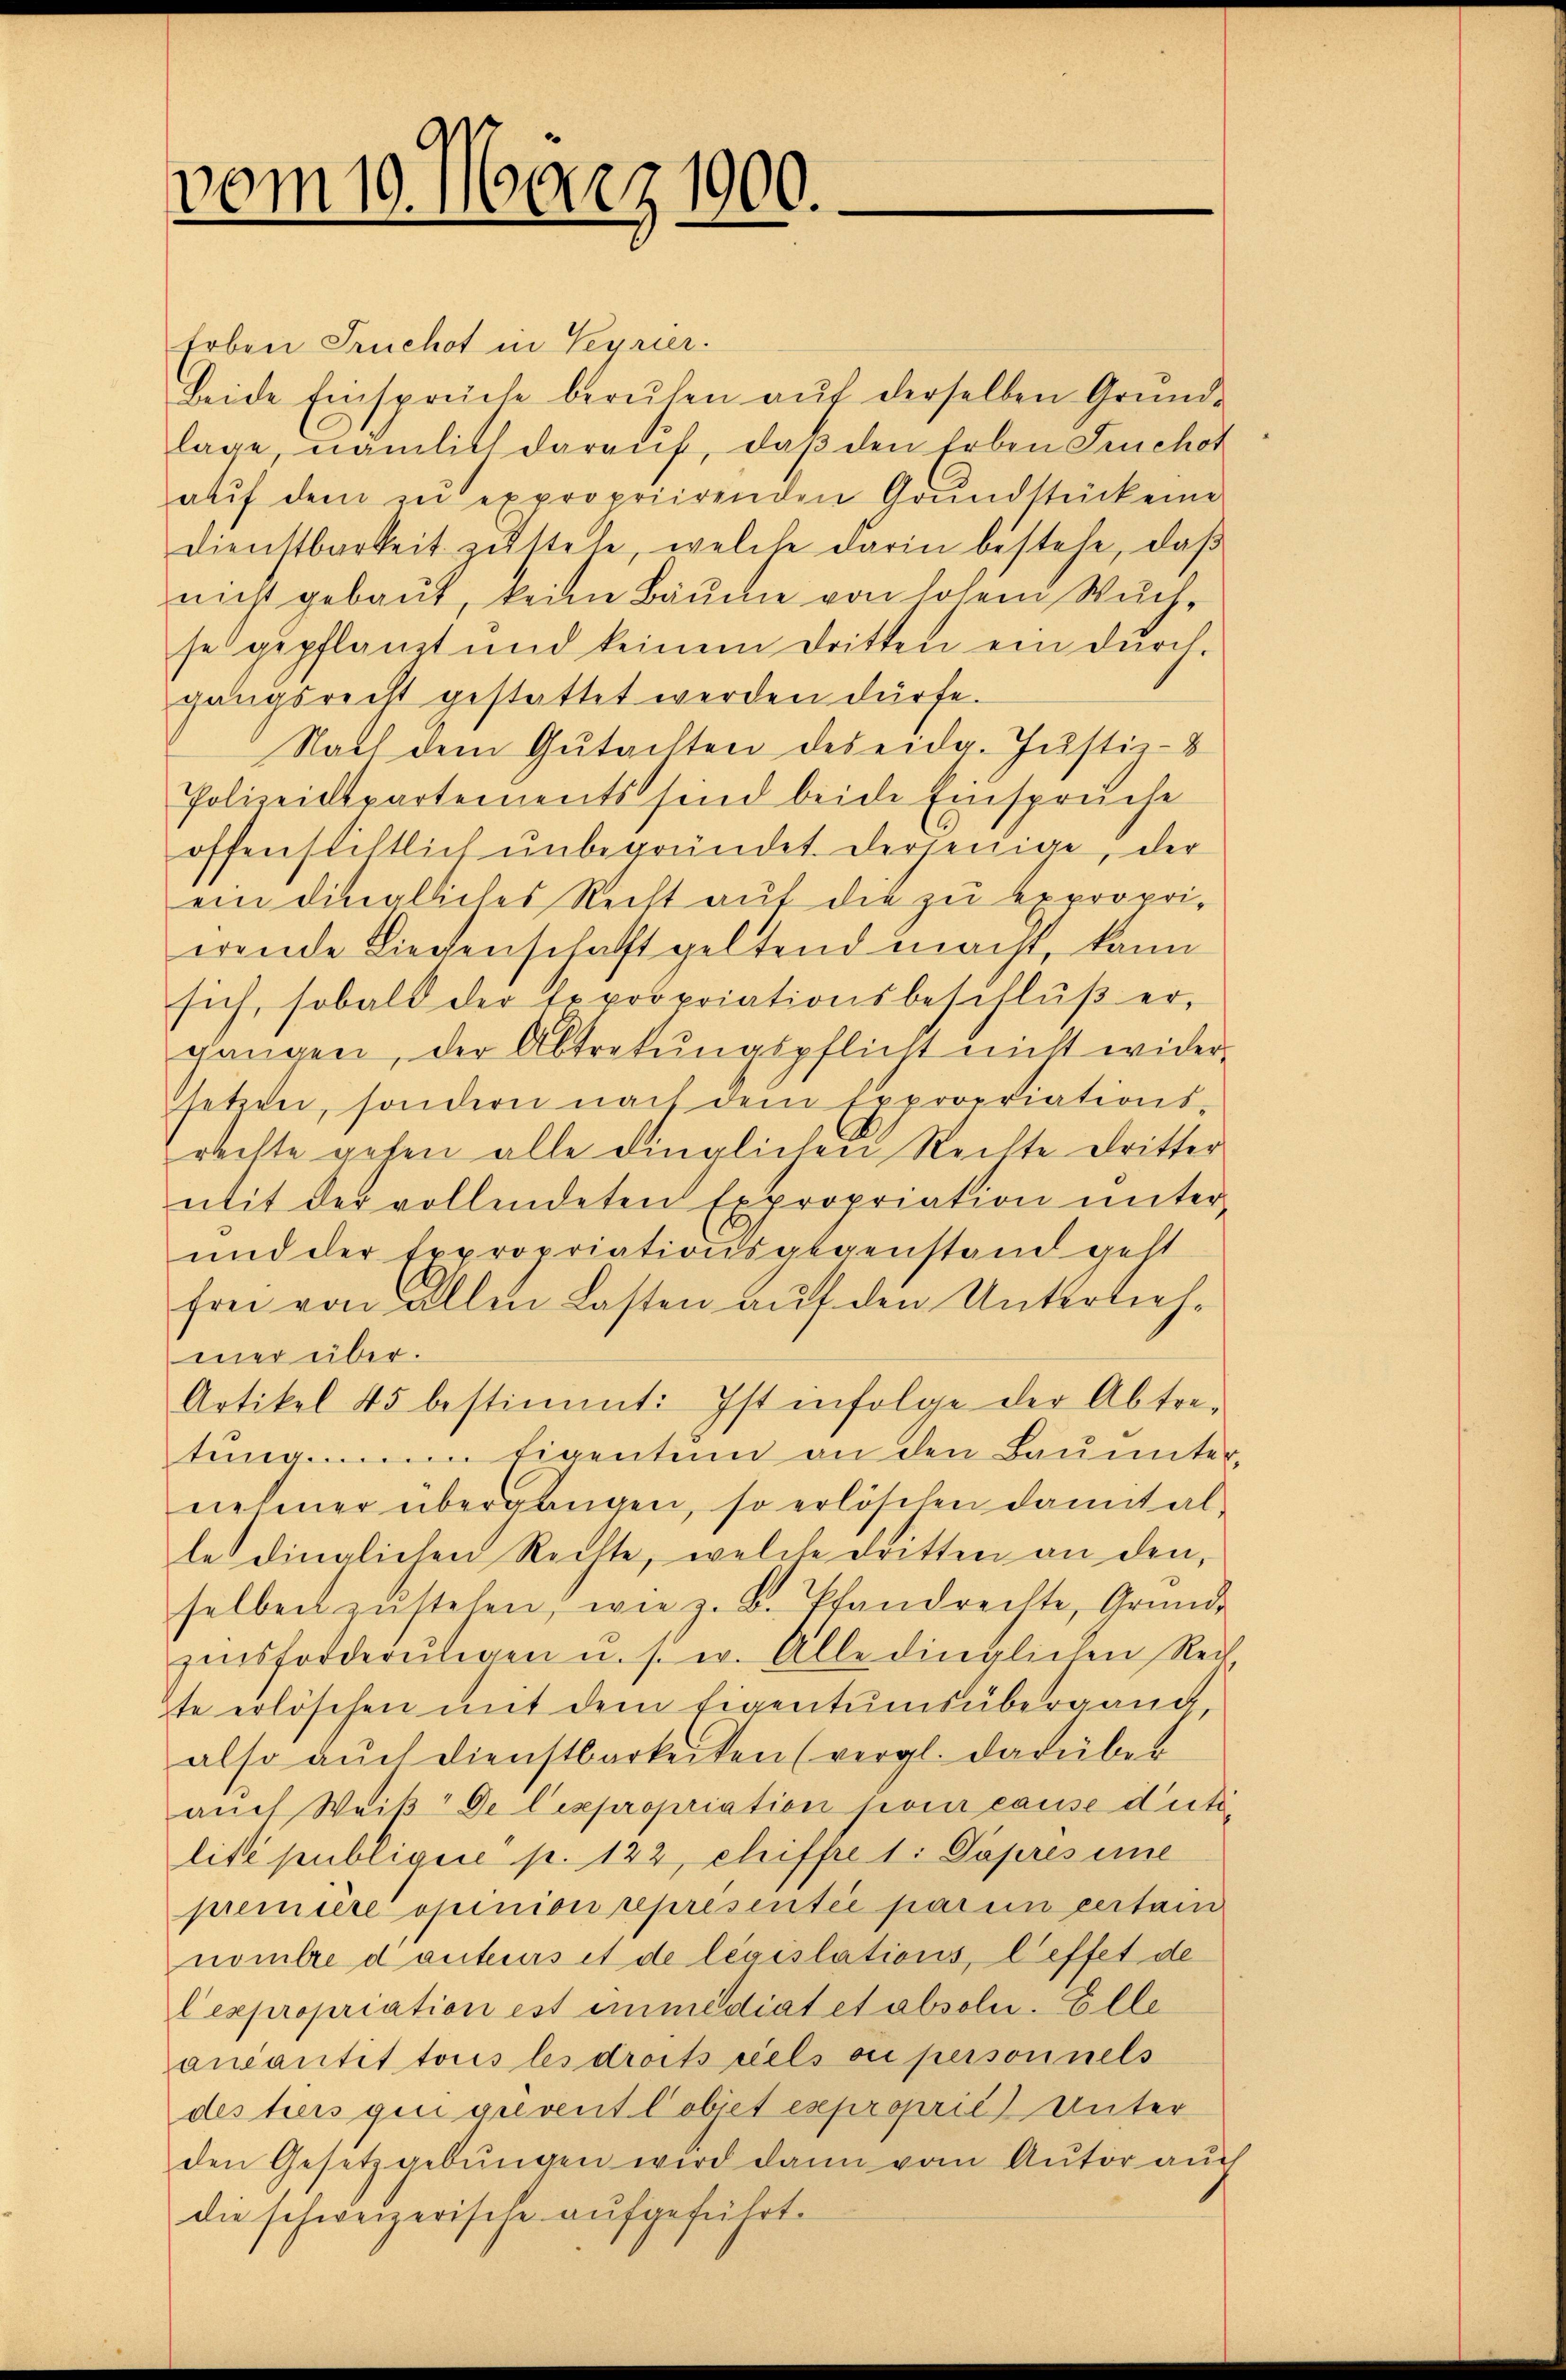
vom 10. März 1900.

Erben Truchot in Seyrier.
Beide Einsprüche beruhen auf derselben Gründe
lage, nämlich darauf, daß den Erben Fruchot
auf dem zu expropriirenden Grundstücken
Dienstbarkeit zŭstehe, welche darin bestehe, daβ
nicht gebaut, keine Bäume von hohem Wuchse gepflanzt und keinem Dritten ein dŭrch-
gangsrecht gestattet werden dürfe.
Nach dem Gutachten des eidg. Justiz-
Polizeidtpartements sind beide Einspruche
offenstiftlich ŭnbegründet derjenige, der
ein dingliches Recht auf die zu expropri-
wende Liegenschaft geltend macht, kann
sich, sobald der Expropriationsbeschlŭβ er,
gangen, der Abtretŭngspflicht nicht wider-
setzen, sondern nach dem Expropriations-
rechte gehen alle dinglichen Rechte dritter
mit der vollendeten Expropriation unter-
und der Expropriationsgegenstand geht
frei von allen Lasten auf den Unterriehmer über.
Artikel 45 bestimmt: Ist infolge der Abtre-
tung im Eigentum an den Bauunter-
nehmer übergangen, so erlöschen damit alle dinglichen Rechte, welche dritten an den,
selben zŭ stehen, wie z. B. Pfandrechte, Gründe
zinsforderŭngen u. s. w. Alle dinglichen Reit
te erlöschen mit dem Eigentumsübergang
also auch dienstbarkeiten (vergl. darüber
auch Weiβ de lexpropriation pour cause dicti
lité publigere p. 122, chiffre 1. Depres ime
première opinion representée paren vertai
nombre danteurs et de législations, l’effet de
lexpropriation est immediat et absolu- Elle
ancantit tous les droits viels ou personnels
des hiers qui grevent Cobjet exproprić) Unter
den Gesetzgebŭngen wird dann vom Autor auch
die schweizerische aufgeführt.